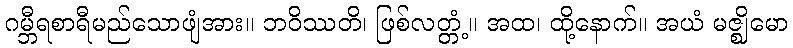
ဂမ္ဘီရစာရီမည်သောဖျံအား။ ဘဝိဿတိ၊ ဖြစ်လတ္တံ့။ အထ၊ ထို့နောက်။ အယံ မဇ္ဈိမော